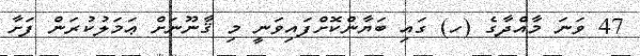
47 ވަނަ މާއްދާގެ (ހ) ގައި ބަޔާންކޮށްފައިވަނީ މި ޤާނޫނަށް ޢަމަލުކުރަން ފަށާ